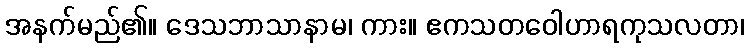
အနက်မည်၏။ ဒေသဘာသာနာမ၊ ကား။ ဧကသတဝေါဟာရကုသလတာ၊